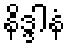
နိဒ္ဒါနံ